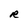
Character: R